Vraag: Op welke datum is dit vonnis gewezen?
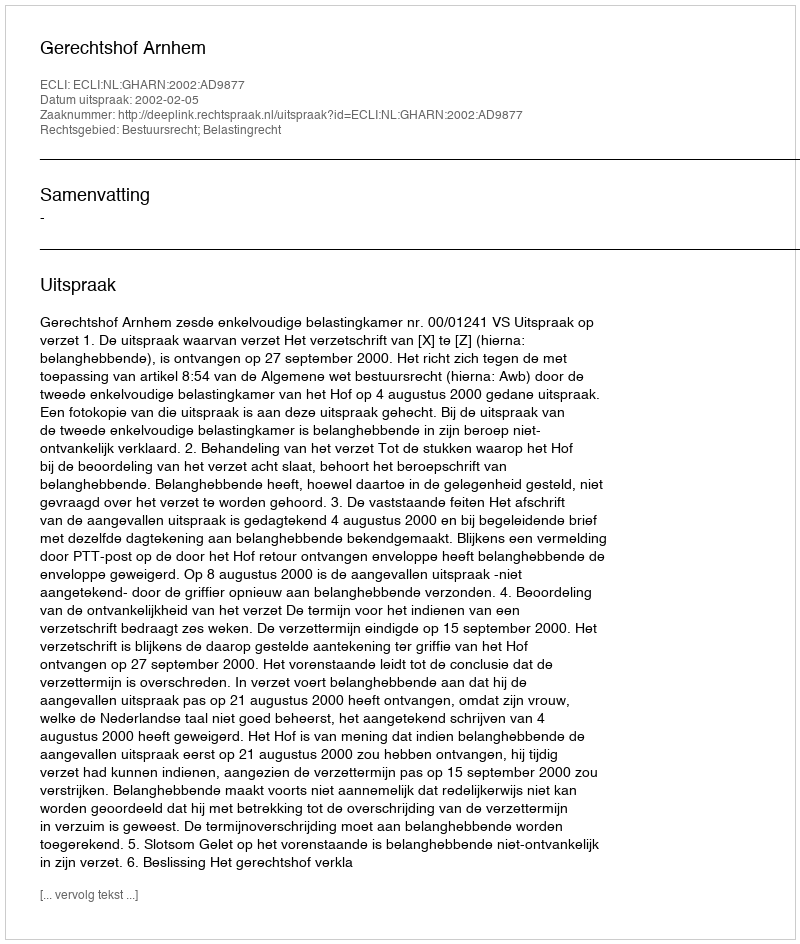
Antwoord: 2002-02-05